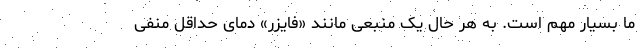
ما بسیار مهم است. به هر حال یک منبعی مانند «فایزر» دمای حداقل منفی